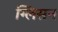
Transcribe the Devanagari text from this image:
ग्लिसन